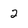
Character: 2